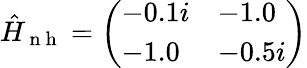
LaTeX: \begin{array}{r}{\hat{H}_{\mathrm{~n~h~}}=\left(\begin{array}{ll}{-0.1i}&{-1.0}\\ {-1.0}&{-0.5i}\end{array}\right)}\end{array}